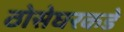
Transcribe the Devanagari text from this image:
ठोसेघरकडे